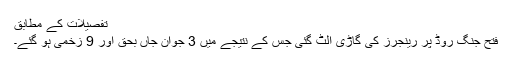
تفصیلات کے مطابق
فتح جنگ روڈ پر رینجرز کی گاڑی الٹ گئی جس کے نتیجے میں 3 جوان جاں بحق اور 9 زخمی ہو گئے۔